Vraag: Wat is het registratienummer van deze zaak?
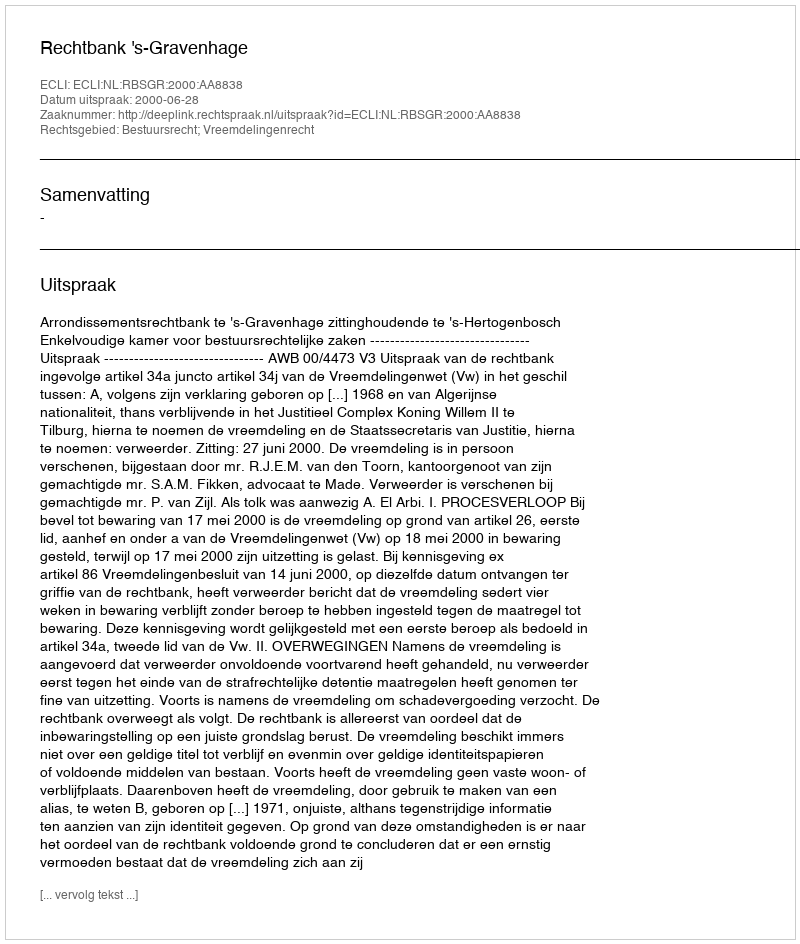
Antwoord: http://deeplink.rechtspraak.nl/uitspraak?id=ECLI:NL:RBSGR:2000:AA8838